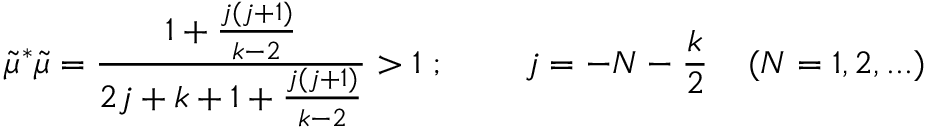
\tilde { \mu } ^ { * } \tilde { \mu } = \frac { 1 + \frac { j ( j + 1 ) } { k - 2 } } { 2 j + k + 1 + \frac { j ( j + 1 ) } { k - 2 } } > 1 \; ; \; \; \; \; \; \; \; \; j = - N - \frac { k } { 2 } \; \; \; \; ( N = { 1 , 2 , . . . } )